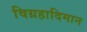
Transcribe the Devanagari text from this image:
विग्रहादिमान